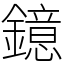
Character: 鐿